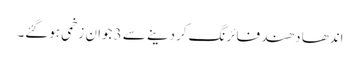
اندھا دھند فائرنگ کردینے سے 3 جوان زخمی ہوگئے۔